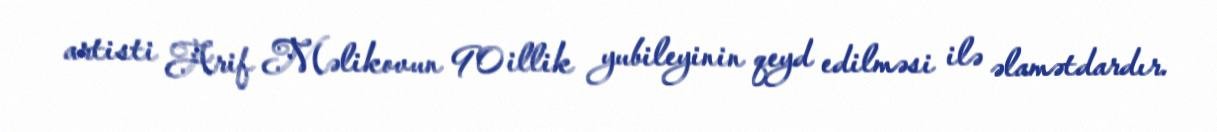
artisti Arif Məlikovun 90 illik yubileyinin qeyd edilməsi ilə əlamətdardır.